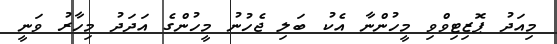
މިއަދު ޕޮޒިޓިވްވި މީހުންނާ އެކު ބަލި ޖެހުނު މީހުންގެ އަދަދު މިހާރު ވަނީ